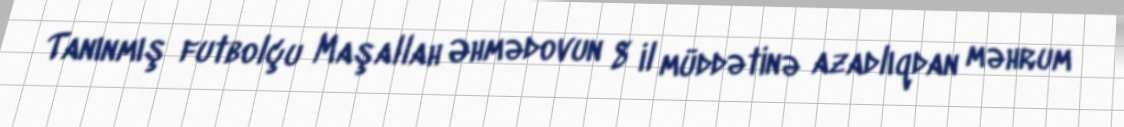
Tanınmış futbolçu Maşallah Əhmədovun 8 il müddətinə azadlıqdan məhrum